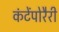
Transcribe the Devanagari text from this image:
कंटेंपोरैरी